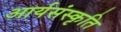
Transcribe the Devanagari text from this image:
आर्यसंस्कृति